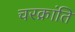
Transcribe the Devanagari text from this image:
चरक्रांति